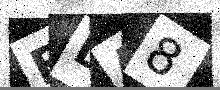
Text: FDA8